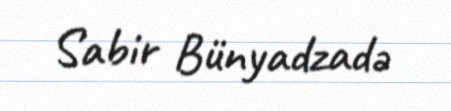
Sabir Bünyadzadə